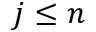
j \le n